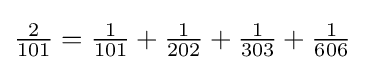
{\tfrac {2}{101}}={\tfrac {1}{101}}+{\tfrac {1}{202}}+{\tfrac {1}{303}}+{\tfrac {1}{606}}